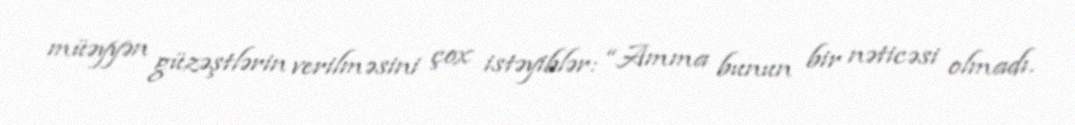
müəyyən güzəştlərin verilməsini çox istəyiblər: “Amma bunun bir nəticəsi olmadı.